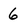
Character: 6